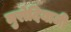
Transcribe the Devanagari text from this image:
मुरोदियाजी